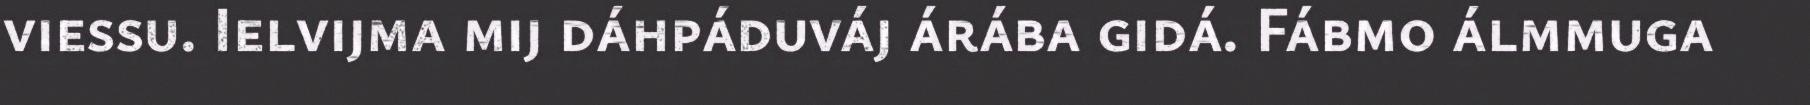
viessu. Ielvijma mij dáhpáduváj árába gidá. Fábmo álmmuga